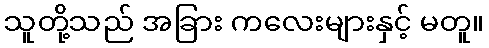
သူတို့သည် အခြား ကလေးများနှင့် မတူ။